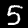
Digit: 5